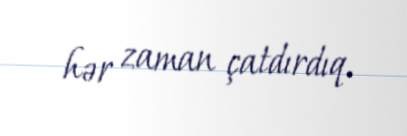
hər zaman çatdırdıq.